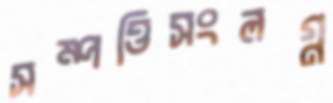
সম্পত্তিসংলগ্ন